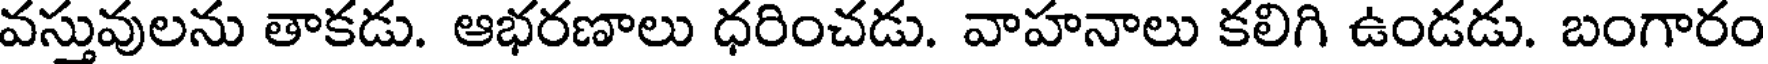
వస్తువులను తాకడు. ఆభరణాలు ధరించడు. వాహనాలు కలిగి ఉండడు. బంగారం